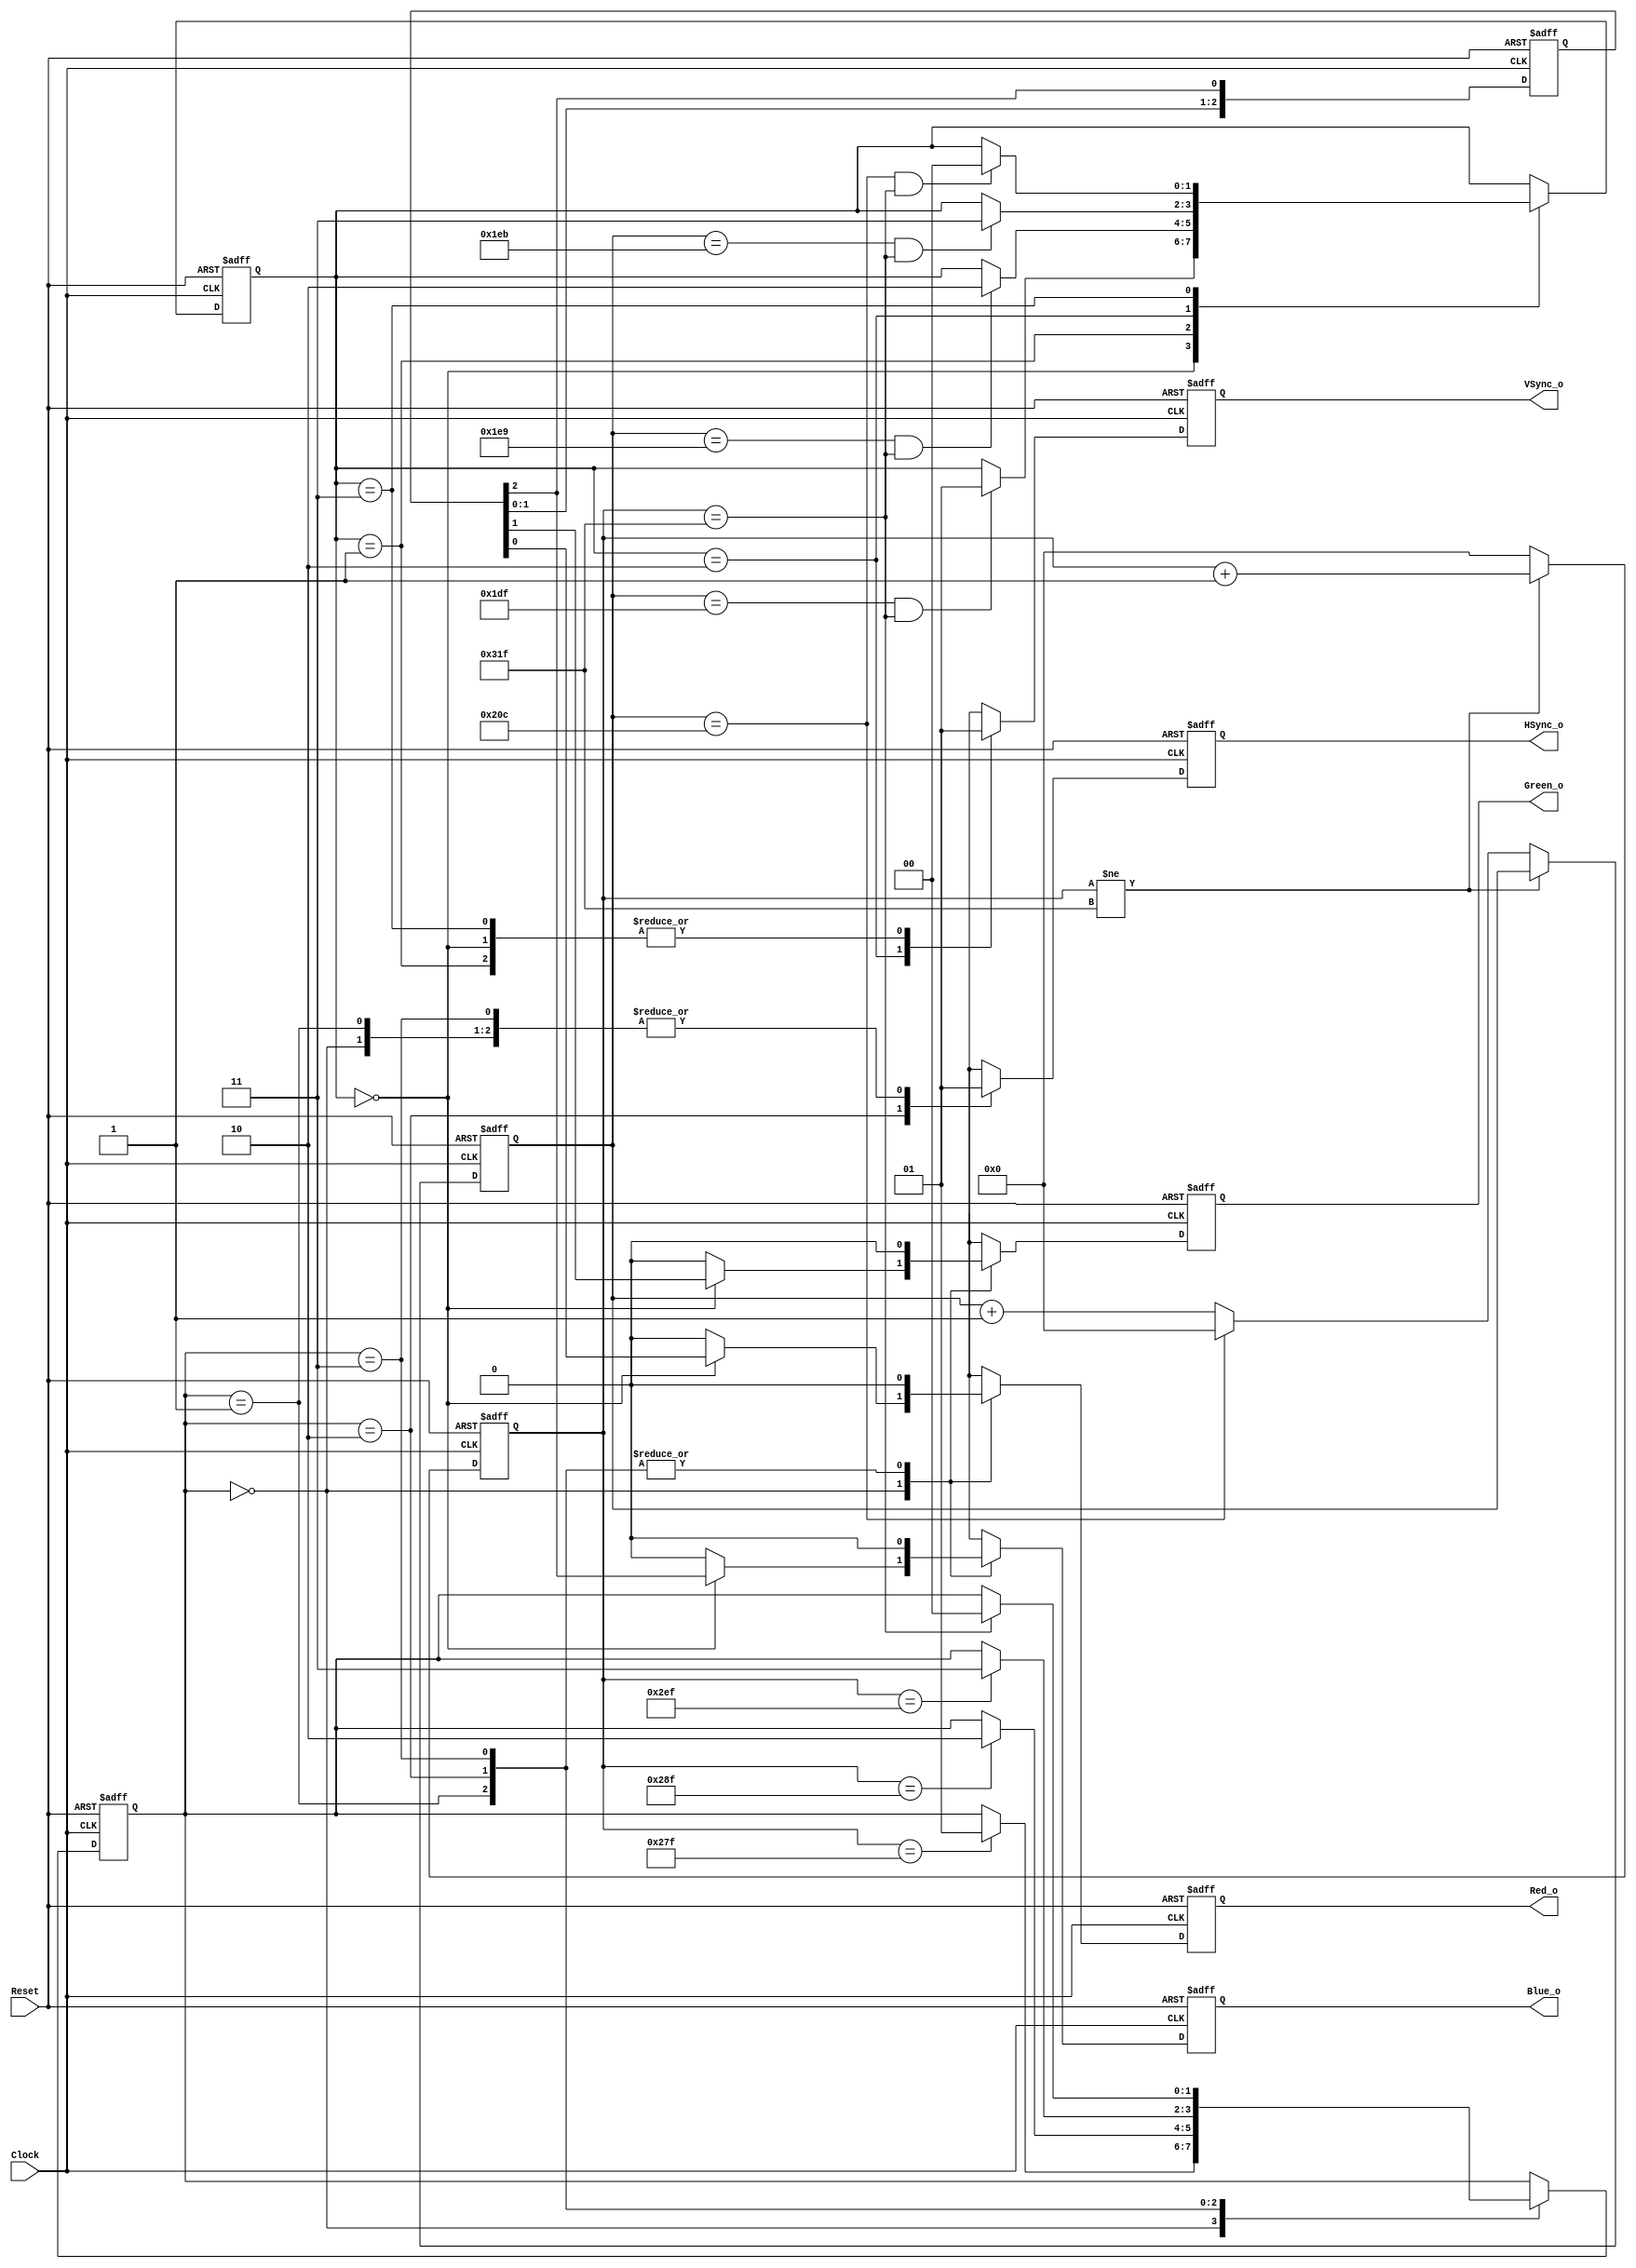
// This program was cloned from: https://github.com/leonow32/verilog-fpga
// License: MIT License

// 230426

`default_nettype none
module VGA #(
	parameter	CLOCK_HZ	= 10_000_000
)(
	input  wire Clock,
	input  wire Reset,
	output reg  Red_o,
	output reg  Green_o,
	output reg  Blue_o,
	output reg  HSync_o,
	output reg  VSync_o
);
	
	localparam ACTIVE = 0;
	localparam FRONT = 1;
	localparam SYNC = 2;
	localparam BACK = 3;
	
	// Horizontal
	localparam HCounter_max = 10'd799;
	reg [9:0]  HCounter_r;
	reg [1:0]  HState_r;
	
	// Vertical
	localparam VCounter_max = 10'd524;
	reg [9:0]  VCounter_r;
	reg [1:0]  VState_r;
	
	always @(posedge Clock, negedge Reset) begin
		if(!Reset) begin
			HCounter_r <= 0;
			VCounter_r <= 0;
		end else begin
			if(HCounter_r != HCounter_max)
				HCounter_r <= HCounter_r + 1'b1;
			else begin
				HCounter_r <= 0;
				if(VCounter_r == VCounter_max)
					VCounter_r <= 0;
				else
					VCounter_r <= VCounter_r + 1'b1;
			end
		end
	end
	
	reg [2:0] TestData;
	always @(posedge Clock, negedge Reset) begin
		if(!Reset)
			TestData <= 3'b001;
		else //if(HState_r == ACTIVE)
			TestData <= {TestData[1:0], TestData[2]};
	end
	
	// Horizontal state machine
	always @(posedge Clock, negedge Reset) begin
		if(!Reset) begin
			Red_o 		<= 1'b0;
			Green_o		<= 1'b0;
			Blue_o		<= 1'b0;
			HSync_o		<= 1'b1;
			HState_r	<= ACTIVE;
			
		end else begin
			case(HState_r)
				ACTIVE: begin
					if(VState_r == ACTIVE) begin
						Red_o   <= TestData[0];
						Green_o <= TestData[1];
						Blue_o  <= TestData[2];
						
						//Red_o   <= TestData[5];
						//Green_o <= TestData[6];
						//Blue_o  <= TestData[7];
						
						//Red_o   <= 1'b1;
						//Green_o <= 1'b1;
						//Blue_o  <= 1'b1;
						
						//{Red_o, Green_o, Blue_o} <= TestData + VCounter_r[2:0];
						
						
					end else begin
						Red_o   <= 1'b0;
						Green_o <= 1'b0;
						Blue_o  <= 1'b0;
					end
					HSync_o <= 1'b1;
					if(HCounter_r == 10'd639)
						HState_r <= FRONT;
				end
					
				FRONT: begin
					Red_o   <= 0;
					Green_o <= 0;
					Blue_o  <= 0;
					HSync_o <= 1'b1;
					if(HCounter_r == 10'd655)
						HState_r <= SYNC;
				end
				
				SYNC: begin
					Red_o   <= 0;
					Green_o <= 0;
					Blue_o  <= 0;
					HSync_o <= 1'b0;
					if(HCounter_r == 10'd751)
						HState_r <= BACK;
				end
				
				BACK: begin
					Red_o   <= 0;
					Green_o <= 0;
					Blue_o  <= 0;
					HSync_o <= 1'b1;
					if(HCounter_r == 10'd799)
						HState_r <= ACTIVE;
				end
			endcase
		end	
	end
	
	// Vertical state machine
	always @(posedge Clock, negedge Reset) begin
		if(!Reset) begin
			VSync_o  	<= 1'b1;
			VState_r	<= ACTIVE;
		end else begin
			case(VState_r)
				ACTIVE: begin
					VSync_o <= 1'b1;
					if(VCounter_r == 10'd479 && HCounter_r == 10'd799)
						VState_r <= FRONT;
				end
				
				FRONT: begin
					VSync_o <= 1'b1;
					if(VCounter_r == 10'd489 && HCounter_r == 10'd799)
						VState_r <= SYNC;
				end
				
				SYNC: begin
					VSync_o <= 1'b0;
					if(VCounter_r == 10'd491 && HCounter_r == 10'd799)
						VState_r <= BACK;
				end
				
				BACK: begin
					VSync_o <= 1'b1;
					if(VCounter_r == 10'd524 && HCounter_r == 10'd799)
						VState_r <= ACTIVE;
				end
			
			endcase
		end
	end
	
endmodule
`default_nettype wire